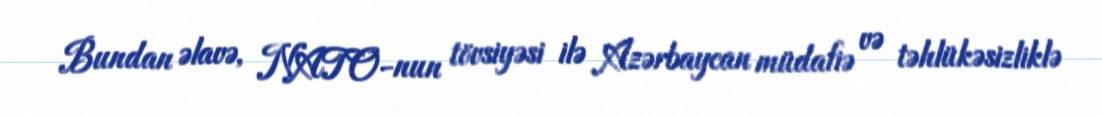
Bundan əlavə, NATO-nun tövsiyəsi ilə Azərbaycan müdafiə və təhlükəsizliklə